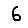
Digit: 6